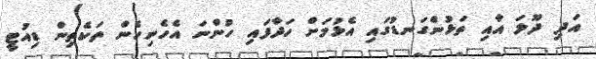
އަދި ދޫލަ އާއި ތަޅުންގަނޑުގައި އެޅުމަށް ހަދާފައި ހުންނަ އެހެނިހެން ތަކެތިން ޑިއުޓީ